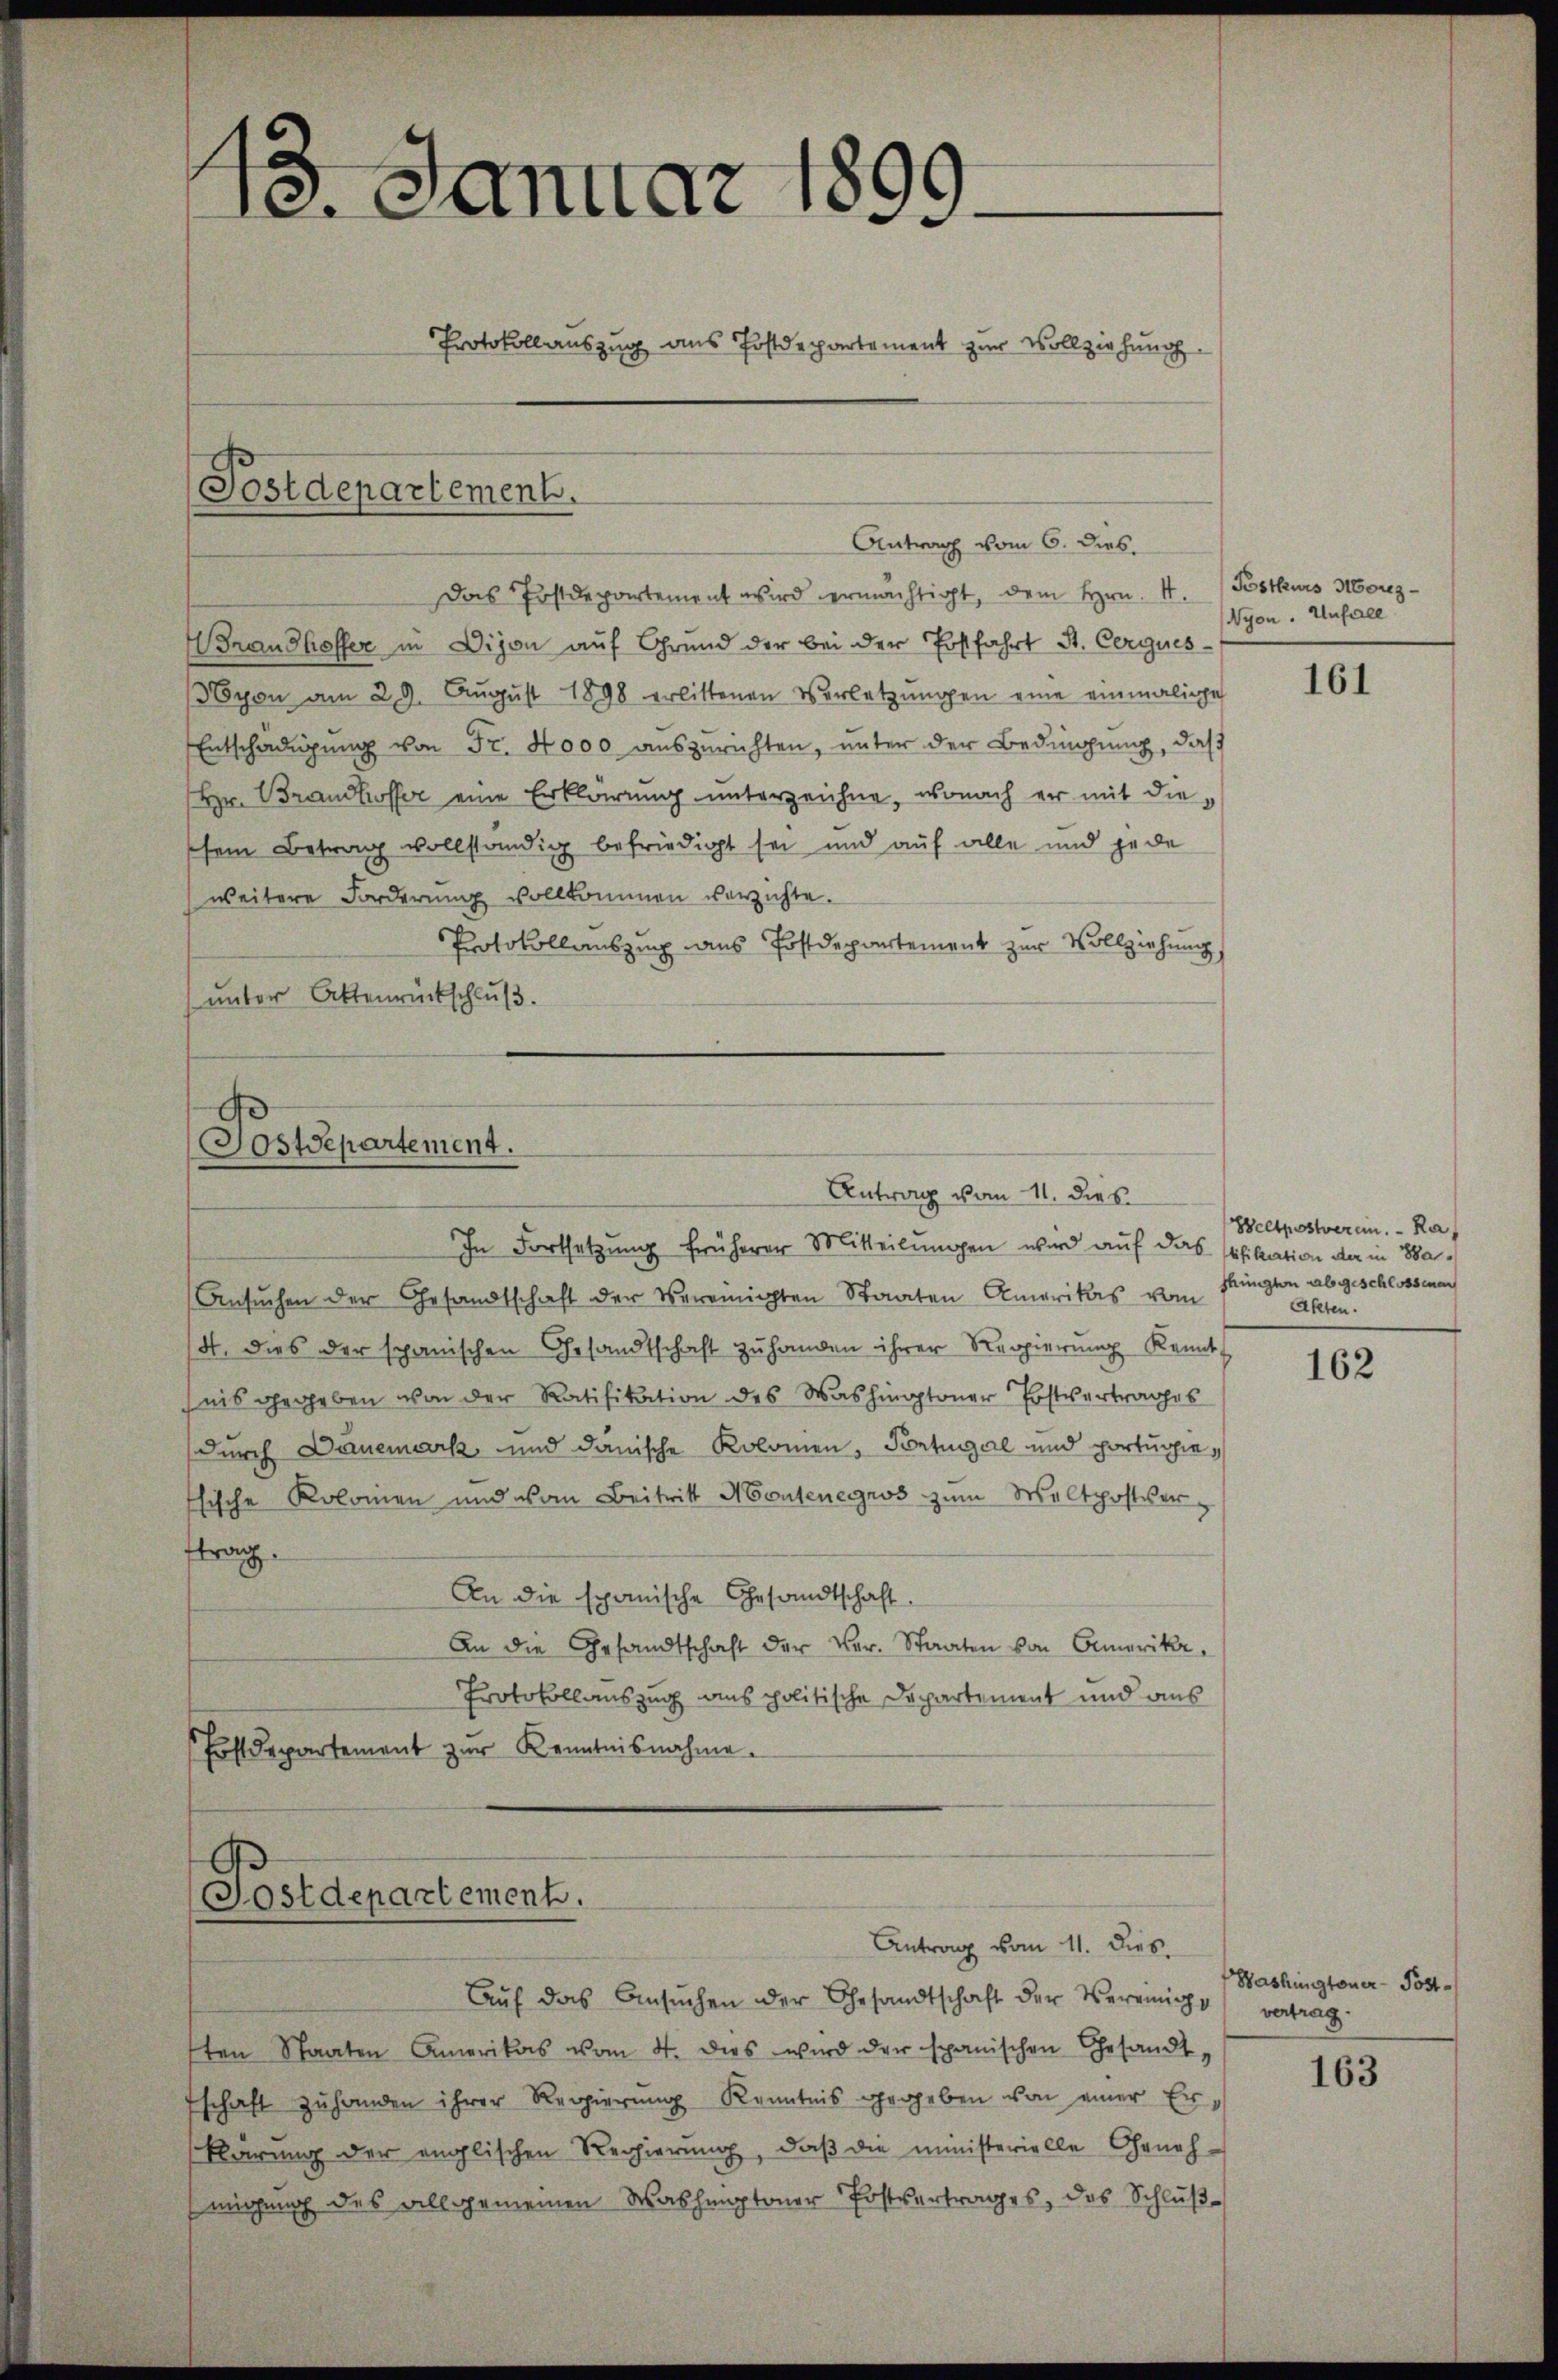
13. Januar 1899.
Protokollauszug aus Postdepartement zur Vollziehung

Das Postdepartement wird ermächtigt, dem Hrn. 4. Postkurs Morez¬
Brandhoffer in Dijon auf Grund der bei der Postfahrt St. Cerques
Eyon am 29. Aŭgŭst 1898 erlittenen Verletzŭngen eine einmalige
Entschädigung von Fr. 4000 auszurichten, unter der Bedingung, daß
Hr. Brandkoffer eine Erklärung unterzeichne, wonach er mit dieschem Betrag vollständig befriedigt sei und auf alle und jede
weitere Forderung vollkommen verzichte.
Protokollauszing aus Postdepartement zur Vollziehung
unter Aktenrückschluß.

Postdepartement.
Antrag vom 11. dies

Postdepartement.

Postdepartement.

Antrag vom 6. dies.

In Fortsetzung früherer Mitteilungen wird auf das filation der in Ba¬
Ansŭchen der Gesandtschaft der Vereinigten Staaten Amerikas vom
14. dies der spanischen Gesandtschaft zŭ handen ihrer Regierŭng Kennt
nis gegeben von der Ratifikation des Washingtoner Erstvertrages
durch Danemark und danische Kolomen, Portugal und portugiesische Kolomen und von Beitritt Montenegros zum Waltpostverftrag.
An die spanische Gesandtschaft.
An die Gesandtschaft der Ver- Staaten von Amerika,
Protokollauszug aus politische Departement und aus
Fostdepartement zŭr Kenntnisnahme.

Antrag vom 11. Dies

Auf das Ansŭchen der Gesandtschaft der Verrich vertrag.
sten Staaten Amerikas vom 4. dies wird der spanischen Gesandtfschaft zŭ handen ihrer Regierŭng Kenntnis gegeben von einer Erklärung der englischen Regierung, daß die ministerielle Geneh-
migung des allgemeinen Washamptoner Postvertrages, das Schluß¬

Nyon. Unfall

161

Weltpostverein. Ra
shington abgeschlossenen
Akten.

162

Washingtoner-Post¬

163